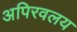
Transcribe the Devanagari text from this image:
अपिरवलय